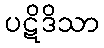
ပဋိဒိသာ